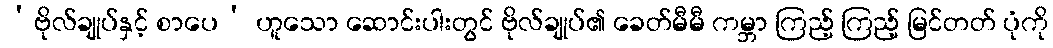
‘ဗိုလ်ချုပ်နှင့် စာပေ’ ဟူသော ဆောင်းပါးတွင် ဗိုလ်ချုပ်၏ ခေတ်မီမီ ကမ္ဘာ ကြည့် ကြည့် မြင်တတ် ပုံကို